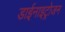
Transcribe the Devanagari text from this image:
डाईनाइट्रोजन